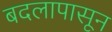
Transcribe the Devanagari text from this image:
बदलापासून